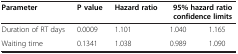
| Parameter | P value | Hazard ratio | <COLSPAN=2> 95% hazard ratio confidence limits |
 | --- | --- | --- | --- | --- |
 | Duration of RT days | 0.0009 | 1.101 | 1.040 | 1.165 |
 | Waiting time | 0.1341 | 1.038 | 0.989 | 1.090 |